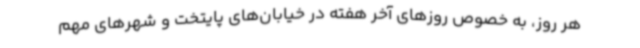
هر روز، به خصوص روزهای آخر هفته در خیابان‌های پایتخت و شهرهای مهم